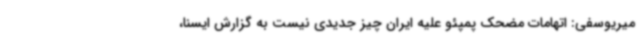
میریوسفی: اتهامات مضحک پمپئو علیه ایران چیز جدیدی نیست به گزارش ایسنا،